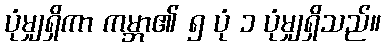
ပုံမျှရှိကာ ကမ္ဘာ၏ ၅ ပုံ ၁ ပုံမျှရှိသည်။